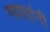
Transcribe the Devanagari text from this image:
गवसांनी